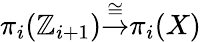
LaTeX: \pi_{i}(\mathbb{Z}_{i+1}){\stackrel{\cong}{\to}}\pi_{i}(X)